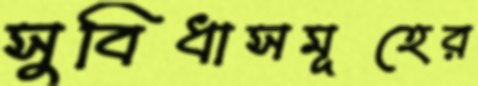
সুবিধাসমূহের